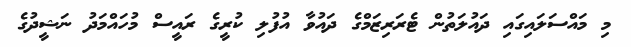
މި މައްސަލައިގައި ދައުލަތުން ޓެރަރިޒަމްގެ ދައުވާ އުފުލި ކުރީގެ ރައީސް މުހައްމަދު ނަޝީދުގެ